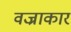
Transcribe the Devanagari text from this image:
वज्राकार